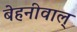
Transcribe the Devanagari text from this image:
बेहनीवाल्